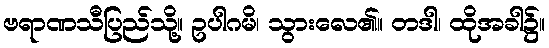
ဗရာဏသီပြည်သို့။ ဥပါဂမိ၊ သွားလေ၏။ တဒါ၊ ထိုအခါ၌။